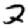
Digit: 2